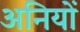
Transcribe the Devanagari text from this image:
अनियों